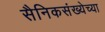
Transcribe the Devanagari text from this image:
सैनिकसंख्येच्या